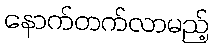
နောက်တက်လာမည့်